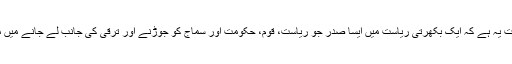
دلچسپ بات یہ ہے کہ ایک بکھرتی ریاست میں ایسا صدر جو ریاست، قوم، حکومت اور سماج کو جوڑنے اور ترقی کی جانب لے جانے میں مددگار ہو۔